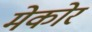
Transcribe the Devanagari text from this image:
मेकोर